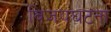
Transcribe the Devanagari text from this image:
विजयघटना